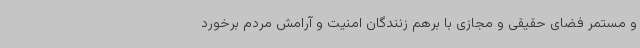
و مستمر فضای حقیقی و مجازی با برهم زنندگان امنیت و آرامش مردم برخورد